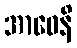
အာဝေနိ